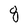
Character: 8